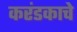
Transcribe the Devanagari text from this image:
करंडकाचे